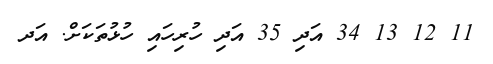
11 12 13 34 އަދި 35 އަދި ހުރިހައި ހުޅުތަކަށް. އަދ